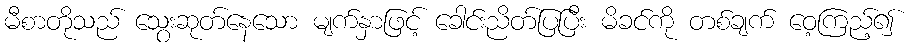
မီစာတိုသည် သွေးဆုတ်နေသော မျက်နှာဖြင့် ခေါင်းညိတ်ပြပြီး မိခင်ကို တစ်ချက် ဝေ့ကြည့်၍